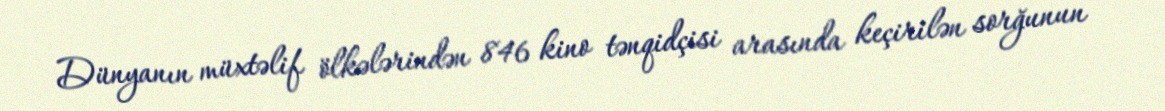
Dünyanın müxtəlif ölkələrindən 846 kino tənqidçisi arasında keçirilən sorğunun